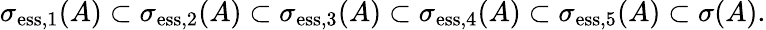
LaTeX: \sigma_{\mathrm{ess},1}(A)\subset\sigma_{\mathrm{ess},2}(A)\subset\sigma_{\mathrm{ess},3}(A)\subset\sigma_{\mathrm{ess},4}(A)\subset\sigma_{\mathrm{ess},5}(A)\subset\sigma(A).